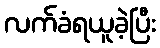
လက်ခံရယူခဲ့ပြီး